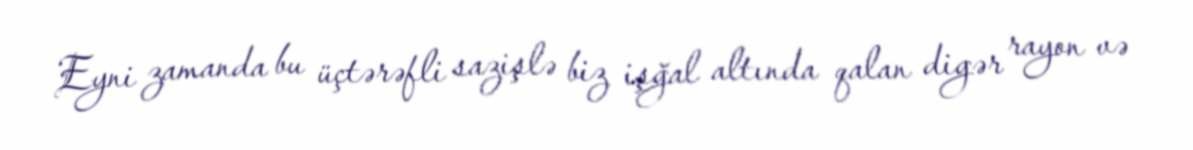
Eyni zamanda bu üçtərəfli sazişlə biz işğal altında qalan digər rayon və